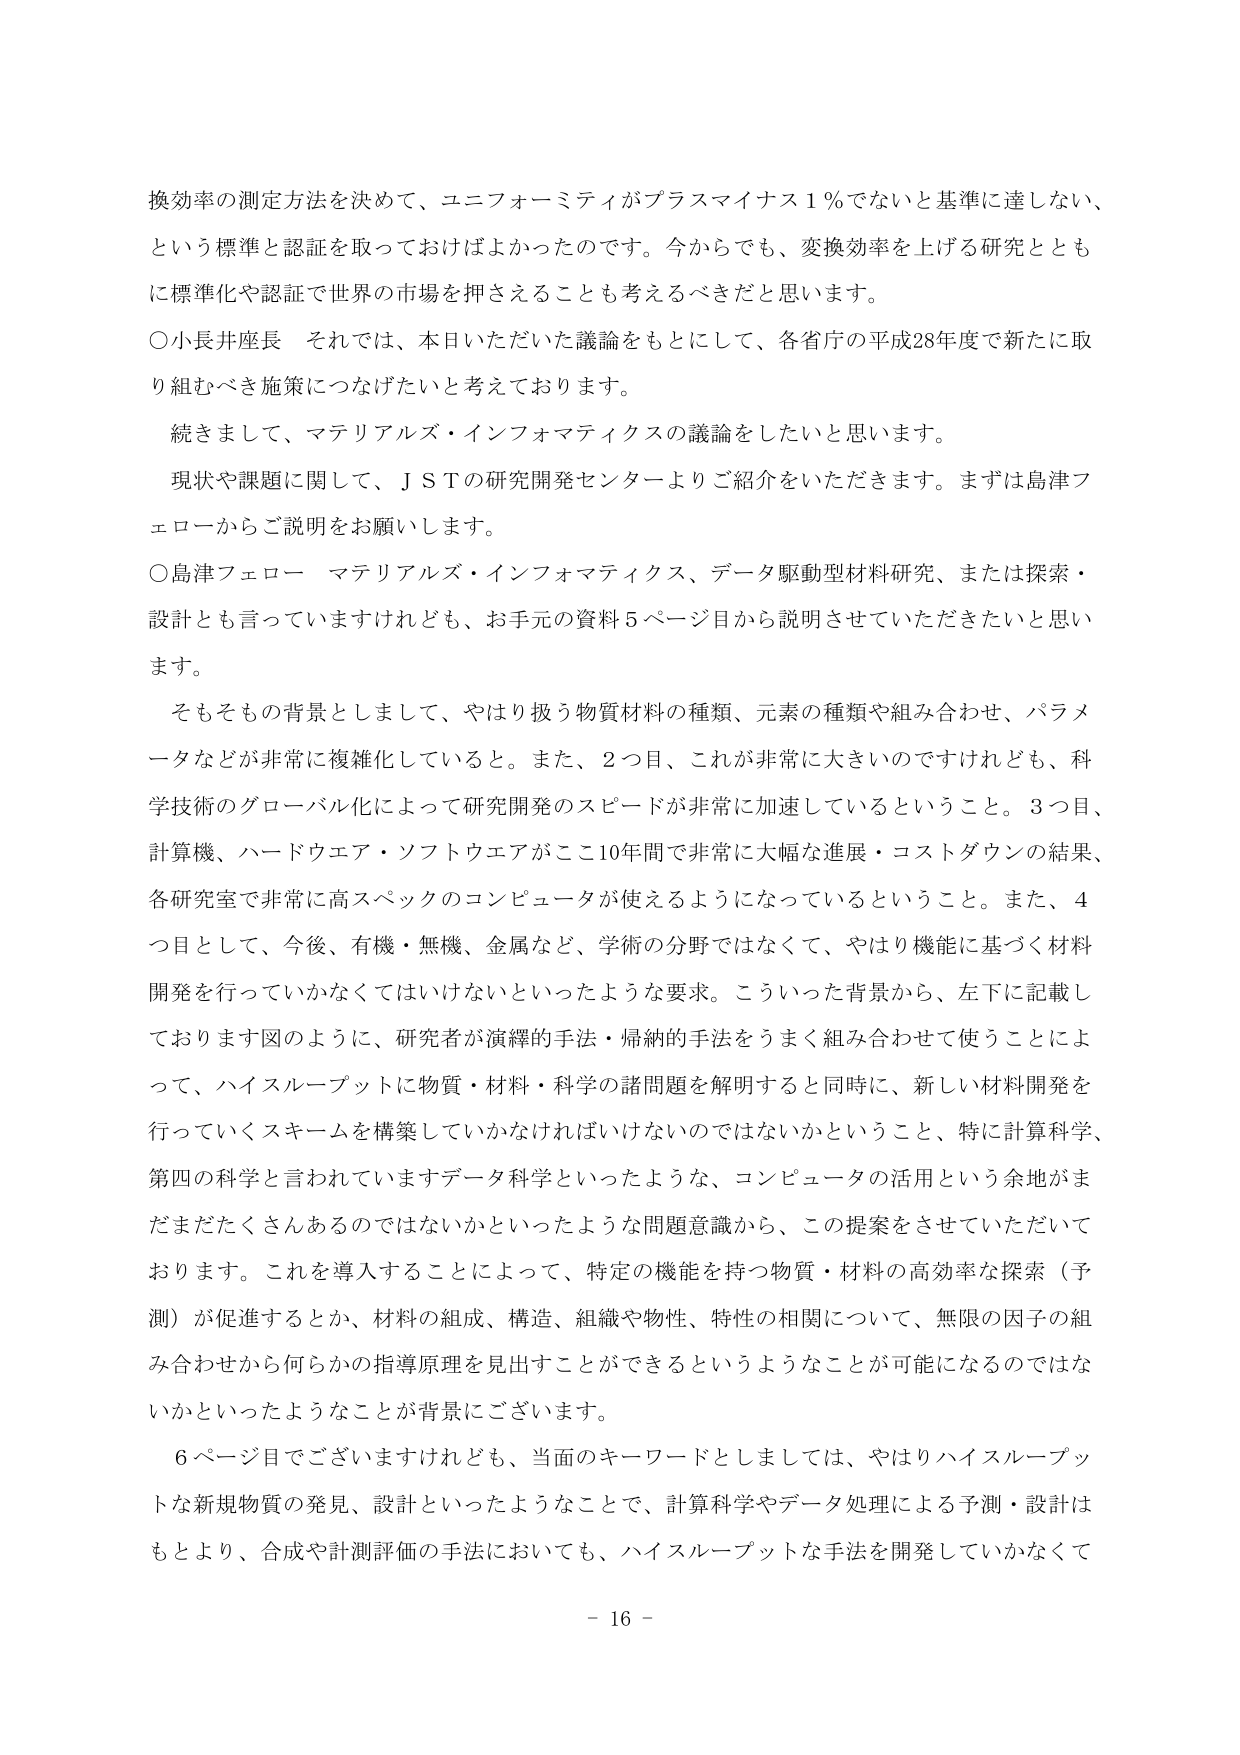
換効率の測定方法を決めて、ユニフォーミティがプラスマイナス１％でないと基準に達しない、
という標準と認証を取っておけばよかったのです。今からでも、変換効率を上げる研究ととも
に標準化や認証で世界の市場を押さえることも考えるべきだと思います。
○小長井座長　それでは、本日いただいた議論をもとにして、各省庁の平成28年度で新たに取
り組むべき施策につなげたいと考えております。
　続きまして、マテリアルズ・インフォマティクスの議論をしたいと思います。
　現状や課題に関して、ＪＳＴの研究開発センターよりご紹介をいただきます。まずは島津フ
ェローからご説明をお願いします。
○島津フェロー　マテリアルズ・インフォマティクス、データ駆動型材料研究、または探索・
設計とも言っていますけれども、お手元の資料５ページ目から説明させていただきたいと思い
ます。
　そもそもその背景としまして、やはり扱う物質材料の種類、元素の種類や組み合わせ、パラメ
ータなどが非常に複雑化していると。また、２つ目、これが非常に大きいのですけれども、科
学技術のグローバル化によって研究開発のスピードが非常に加速しているということ。３つ目、
計算機、ハードウェア・ソフトウェアがここ10年間で非常に大幅な進展・コストダウンの結果、
各研究室で非常に高スペックのコンピュータが使えるようになっているということ。また、４
つ目として、今後、有機・無機、金属など、学術の分野ではなくて、やはり機能に基づく材料
開発を行っていかなくてはいけないといったような要求。こういった背景から、左下に記載し
ております図のように、研究者が演繹的手法・帰納的手法をうまく組み合わせて使うことによ
って、ハイスループットに物質・材料・科学の諸問題を解明すると同時に、新しい材料開発を
行っていくスキームを構築していかなければならないのではないかということ、特に計算科学、
第四の科学と言われていますデータ科学といったような、コンピュータの活用という余地がま
だまだたくさんあるのではないかといったような問題意識から、この提案をさせていただいて
おります。これを導入することによって、特定の機能を持つ物質・材料の高効率な探索（予
測）が促進するとか、材料の組成、構造、組織や物性、特性の相関について、無限の因子の組
み合わせから何らかの指導原理を見出すことができるというようなことが可能になるのではな
いかといったようなことが背景にございます。
　６ページ目でございますけれども、当面のキーワードとしましては、やはりハイスループッ
トな新規物質の発見、設計といったようなことで、計算科学やデータ処理による予測・設計は
もとより、合成や計測評価の手法においても、ハイスループットな手法を開発していかなくて
－ 16 －